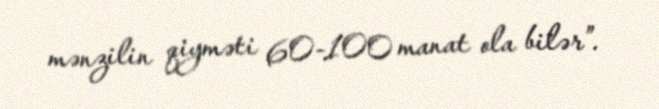
mənzilin qiyməti 60-100 manat ola bilər”.